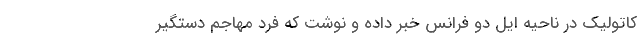
کاتولیک در ناحیه ایل دو فرانس خبر داده و نوشت که فرد مهاجم دستگیر